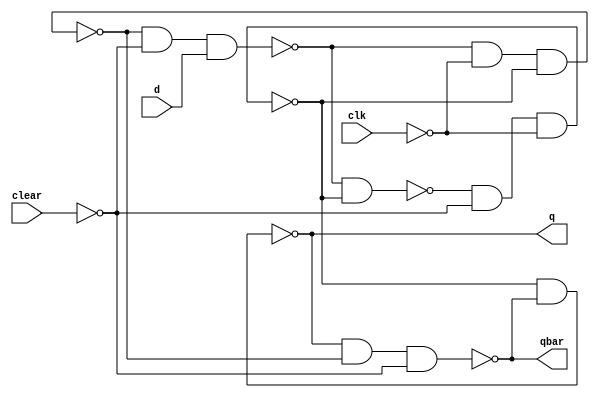
module edge_dff(q, qbar, d, clk, clear);
output q,qbar;
input d, clk, clear;
wire s, sbar, r, rbar,cbar;
not (cbar, clear);
not (clkbar, clk);
// Input latches
nand (sbar, rbar, s);
nand (s, sbar, cbar, clkbar);
nand (r, rbar, clkbar, s);
nand (rbar, r, cbar, d);
// Output latch
nand (q, s, qbar);
nand (qbar, q, r, cbar);
endmodule